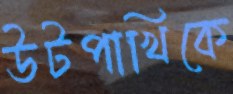
উটপাখিকে